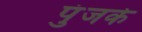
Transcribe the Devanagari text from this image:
पुंजके